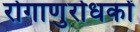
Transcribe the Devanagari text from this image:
रोगाणुरोधकों